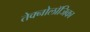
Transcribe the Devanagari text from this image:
तेक्नोलॉजिका